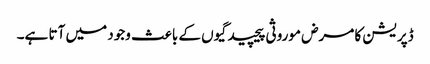
ڈپریشن کا مرض موروثی پیچیدگیوں کے باعث وجود میں آتا ہے۔